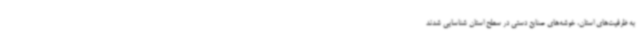
به ظرفیت‌های استان، خوشه‌های صنایع دستی در سطح استان شناسایی شدند